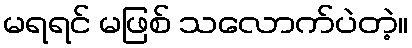
မရရင် မဖြစ် သလောက်ပဲတဲ့။